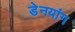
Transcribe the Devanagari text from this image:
डेनयांग